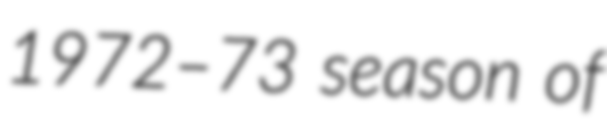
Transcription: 1972–73 season of